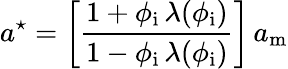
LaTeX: a^{\star}=\left[\frac{1+\phi_{\mathrm{i}}\, \lambda(\phi_{\mathrm{i}})}{1-\phi_{\mathrm{i}}\, \lambda(\phi_{\mathrm{i}})}\right]\, a_{\mathrm{m}}